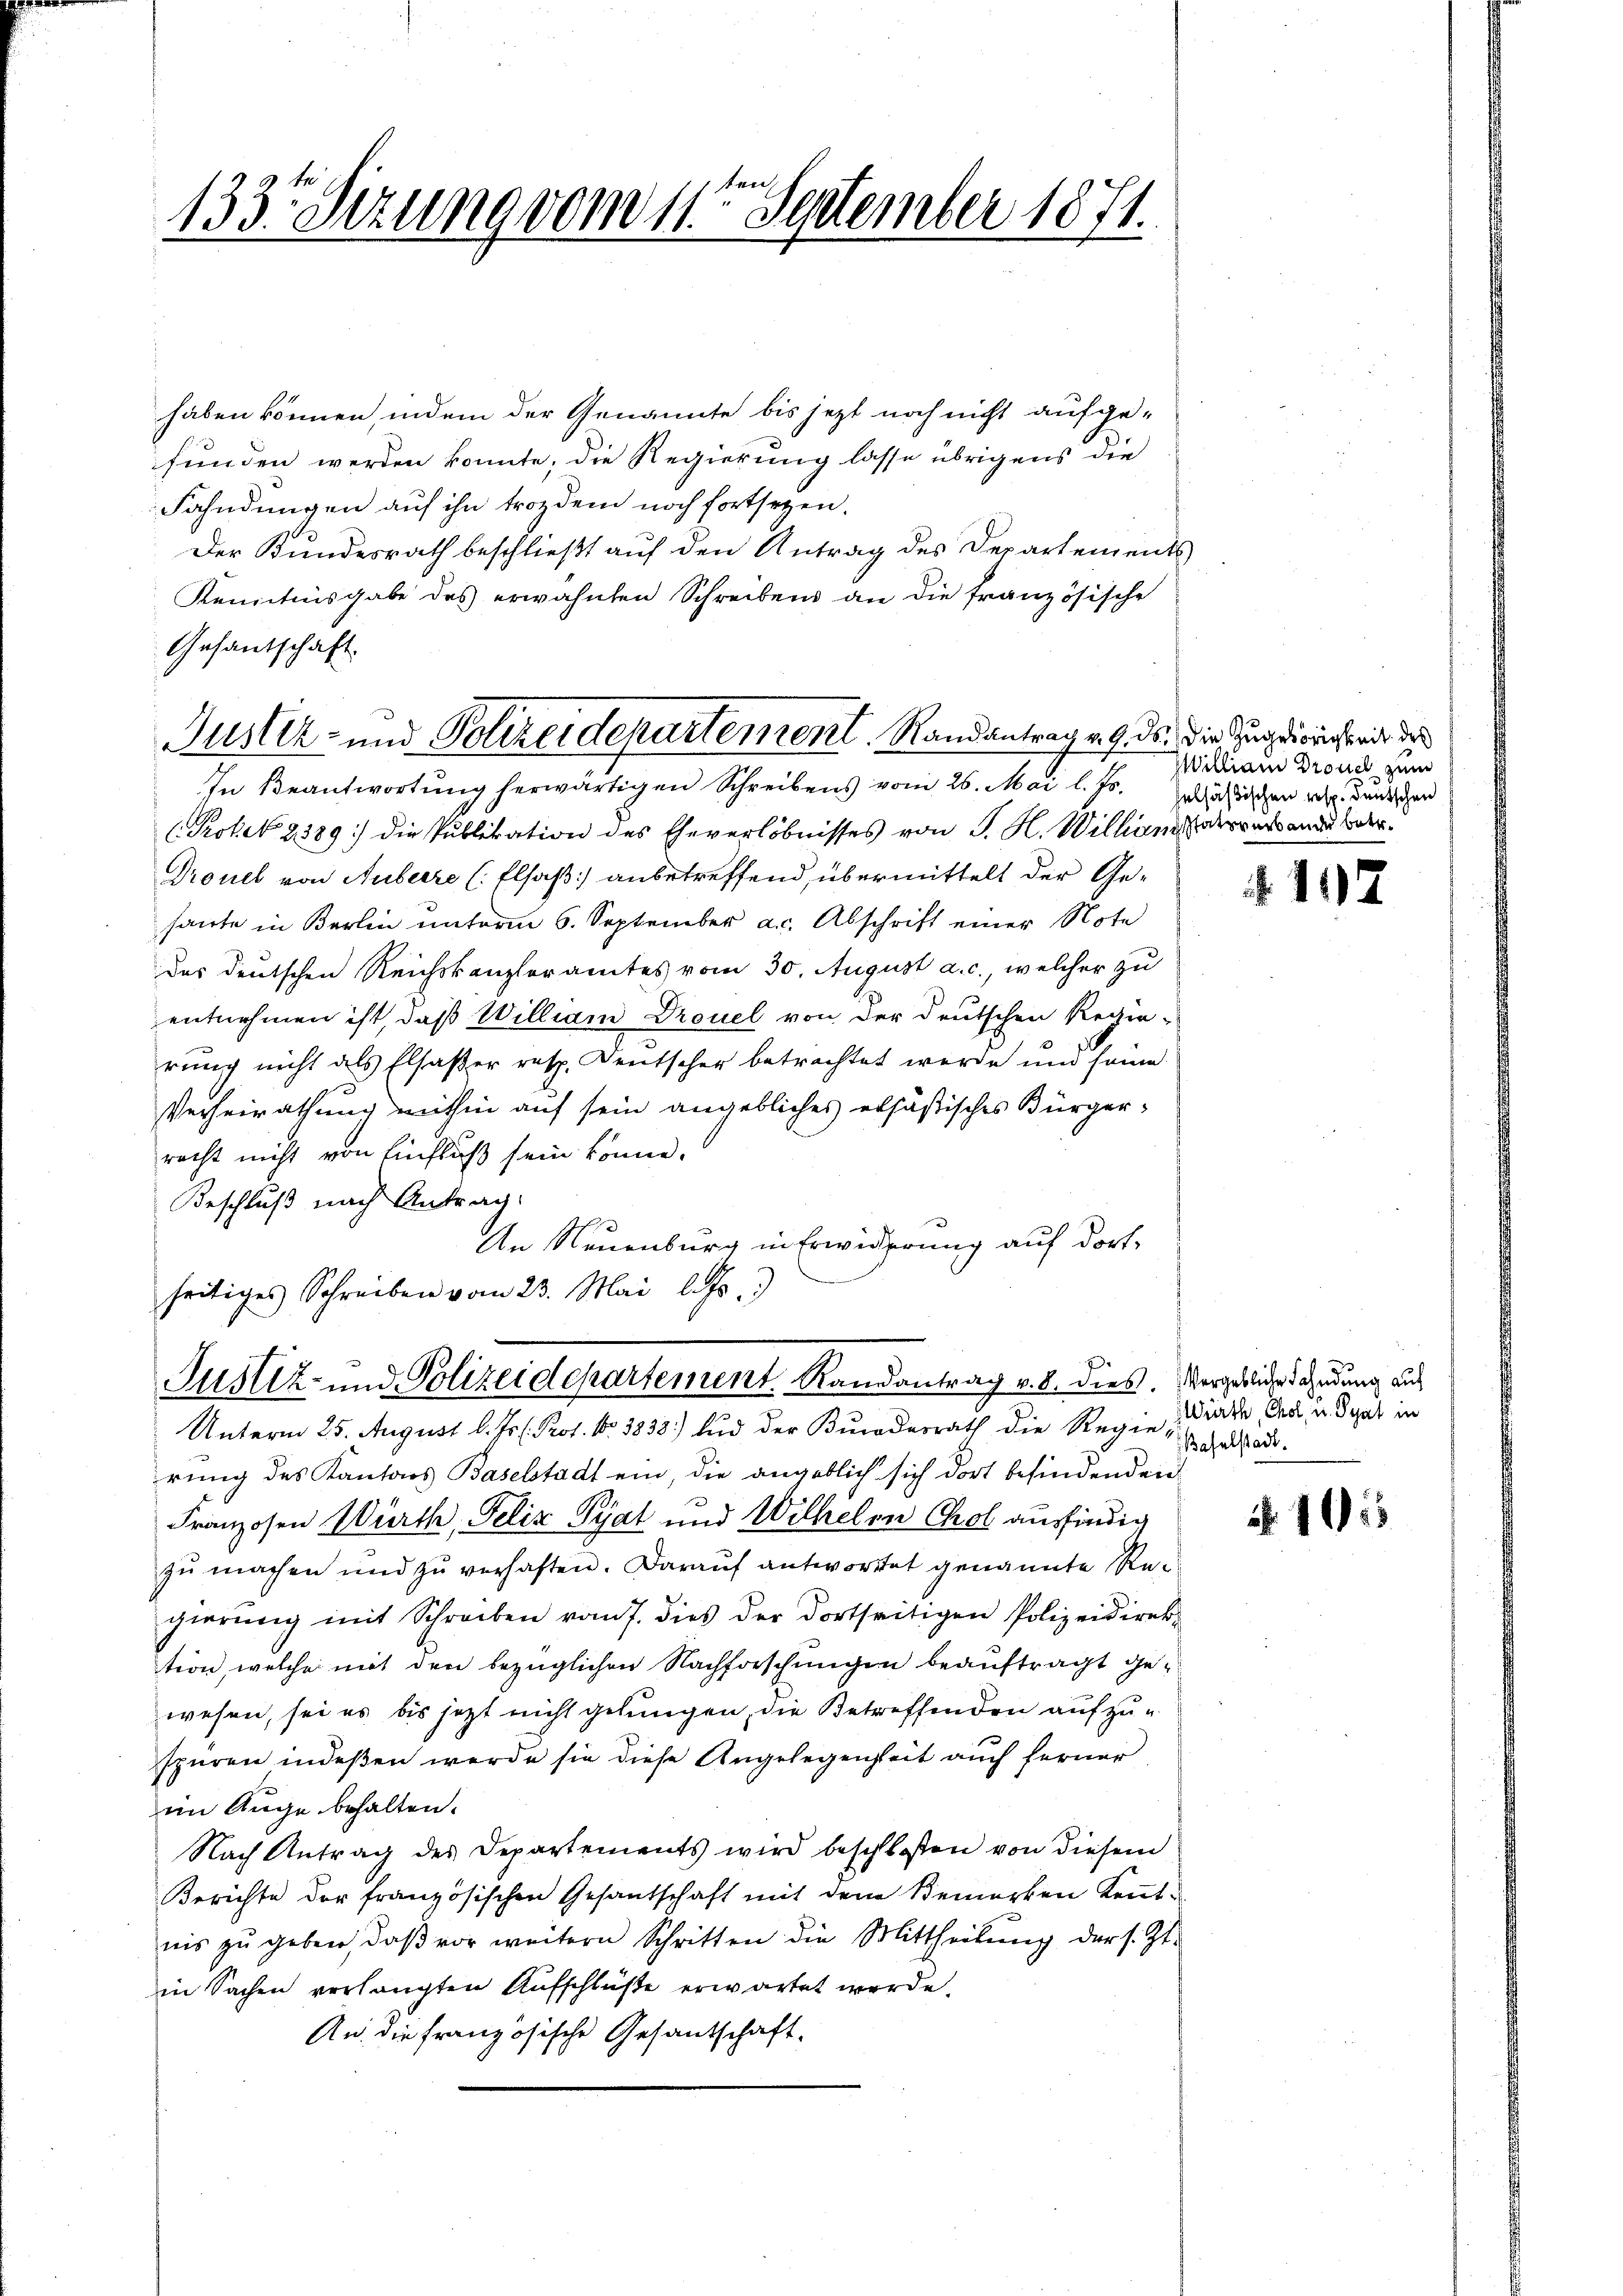
133. Sezung vom 14ten September 1871.

haben können, indem der Genannte bis jetzt noch nicht aufge-
funden werden könnte, die Regierung lasse übrigens die
Fahndungen auf ihn trozdem noch fortsetzen.
Der Kundesrath beschließt auf den Antrag des Departements
Kenntnisgabe des erwähnten Schreibens an die französische
Gesantschaft.
In Beantwortung herwärtigen Schreibens vom 26. Mai l. Js. Zulässlichen resp. deutschen
Protek 2389. die Publikation des Eheverlöbnisses von J. H. Willen oderruck ande der
Prouel von Huberre (Elsaß anbetreffend, übermittelt der Gehaute in Berlin unterm 6. September a. Abschrift einer Note
das deutschen Reichskanzleramtes vom 30. August a. c., welcher zu
entnehmen ist, daß William Drouel von der deutschen Regie-
rung nicht als Elsaßer resp. Deutscher betrachtet werde und some
Verheirathung mithin auf sein angebliches ersäßisches Bürger-
recht nicht von Einfluß sein könne.
Beschluß nach Antrag:
e
An Neuenburg in Erwiderung auf dortseitiges Schreiben vom 23. Mai l. Js.

Justiz- und Polizeidepartement. Randantrag v. 9. ds. die Zug der nicht mit de

e
Justiz- und Polizeidepartement. Randantrag v. 8. dies. Vergebliche Fahndung auf

Milliam Drouch zum

Unterm 25. August l. Js. l. Prof. No. 3838) und der Bundesrath die Regie-
rung des Kantons Baselstadt ein, die angeblich sich dort befindenden
Franzosen Würth, Felix Pyat und Wilhelm Chol ausfündig
zŭ machen und zu verhaften. Darauf antwortet genannte Regierŭng mit Schreiben vom 7. dies der dortseitigen Polizeidirekt
tion, welche mit den bezüglichen Nachforschungen beauftragt gewesen, sei es bis jezt nicht gelungen, die Betreffenden aufzuspüren indeßen werde sie diese Angelegenheit auch ferner
im Auge behalten.
Nach Antrag des Departements wird beschlossen von diesem
Berichte der französischen Gesantschaft mit dem Bemerken Kenntnis zu geben, daβ vor weitern Schritten die Mittheilung der s. Zt.
in Sachen verhängten Aufschlüße erwartet werde.
An die französische Gesantschaft.

117

Würth, Chol, u. Syat in
Baselstadt.

105